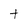
Character: t